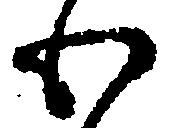
わ